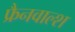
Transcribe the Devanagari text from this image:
फ्रैनवाल्श